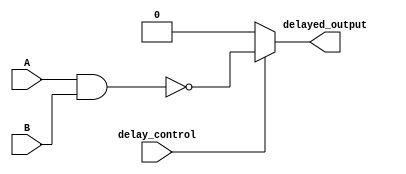
module NAND_Gate_Delay(
    input A,
    input B,
    input delay_control,
    output reg delayed_output);
    
    // Delay logic with NAND gate
    always @(A or B or delay_control) begin
        if (delay_control == 1'b0)
            delayed_output <= 1'b0;
        else
            delayed_output <= ~(A & B);
    end

endmodule